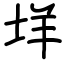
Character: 垟